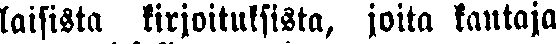
laisista kirjoituksista, joita kantaja